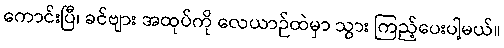
ကောင်းပြီ၊ ခင်ဗျား အထုပ်ကို လေယာဉ်ထဲမှာ သွား ကြည့်ပေးပါ့မယ်။